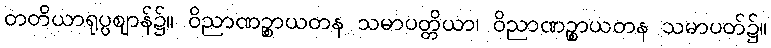
တတိယာရုပ္ပဈာန်၌။ ဝိညာဏဉ္စာယတန သမာပတ္တိယာ၊ ဝိညာဏဉ္စာယတန သမာပတ်၌။